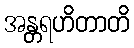
အန္တရဟိတာတိ